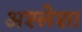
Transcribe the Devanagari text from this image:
अश्लेशा